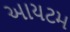
આયટમ